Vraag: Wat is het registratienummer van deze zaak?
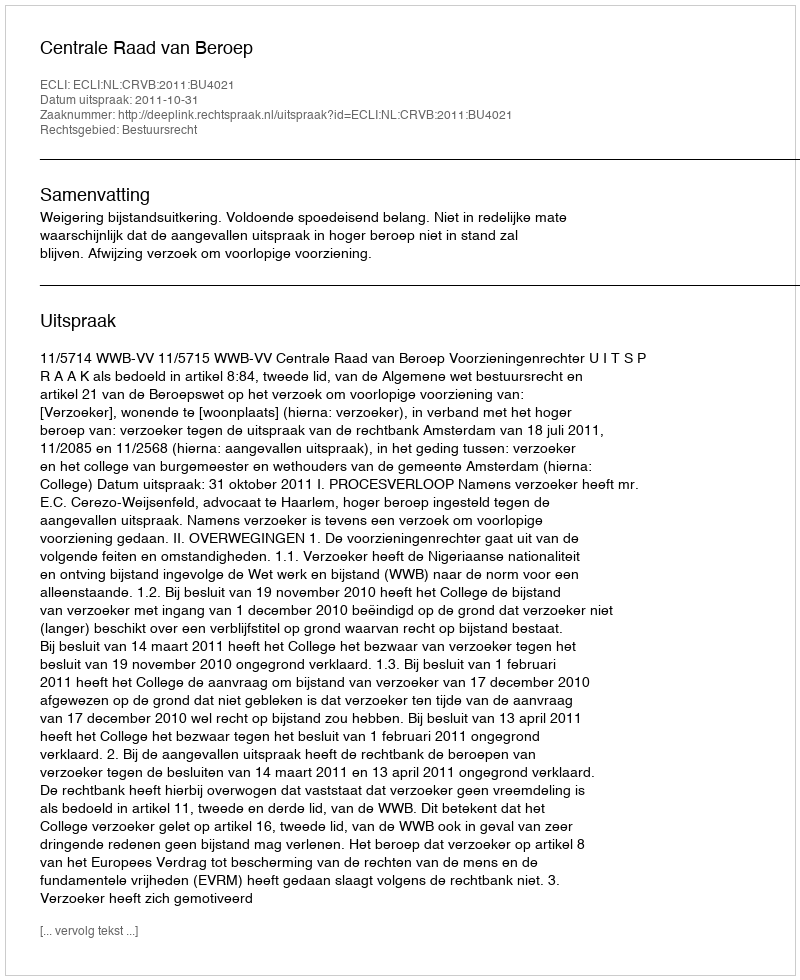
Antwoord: http://deeplink.rechtspraak.nl/uitspraak?id=ECLI:NL:CRVB:2011:BU4021